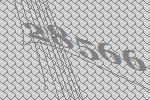
28566